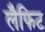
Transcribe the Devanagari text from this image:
लैफिट